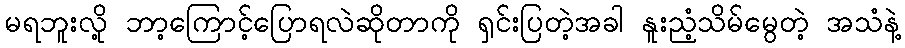
မရဘူးလို့ ဘာ့ကြောင့်ပြောရလဲဆိုတာကို ရှင်းပြတဲ့အခါ နူးညံ့သိမ်မွေတဲ့ အသံနဲ့